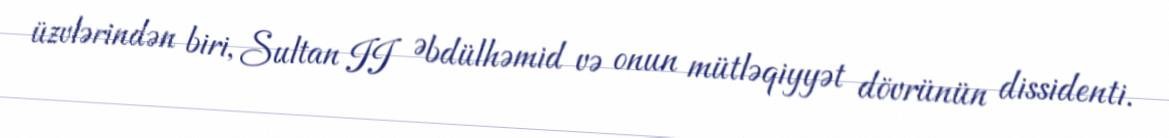
üzvlərindən biri, Sultan II Əbdülhəmid və onun mütləqiyyət dövrünün dissidenti.